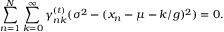
\sum _ { n = 1 } ^ { N } \sum _ { k = 0 } ^ { \infty } \gamma _ { n k } ^ { ( t ) } ( \sigma ^ { 2 } - ( x _ { n } - \mu - k / g ) ^ { 2 } ) = 0 .